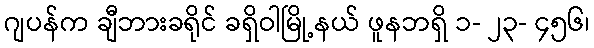
ဂျပန်က ချီဘားခရိုင် ခရှိဝါမြို့နယ် ဖူနဘရှိ ၁- ၂၃- ၄၅၆၊